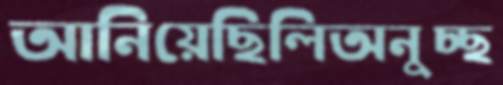
আনিয়েছিলিঅনুচ্ছ